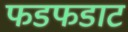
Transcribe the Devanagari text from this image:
फडफडाट